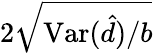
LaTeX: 2\sqrt{\mathrm{Var}(\hat{d})/b}